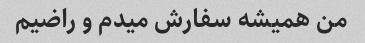
من همیشه سفارش میدم و راضیم